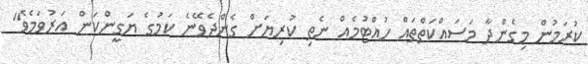
ކުރަމުން މިގެންދާ މަސައްކަތްތައް ހުއްޓުމެއް ނެތި ކުރިޔަށް ގެންދެވޭނެ ކަމުގެ ޔަގީންކަން އަރުވަމެވެ"